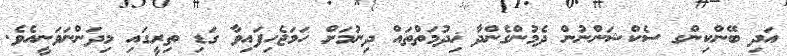
އަދި ބޭންކިންގ ސެކްޝަންނުން ދެމުންގެންދާ ޚިދުމަތްތައް ދިނުމަށް ހަމަޖެހިފައިވާ ގަޑި ތިރީގައި މިދަންނަވަނީއެވެ.